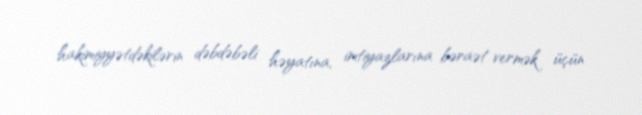
hakimiyyətdəkilərin dəbdəbəli həyatına, imtiyazlarına bəraət vermək üçün